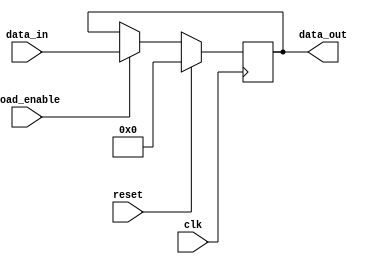
module cu_reg_rst_load(
	input clk,
	input reset,
	input load_enable,
	input [15:0] data_in,
	output reg [15:0] data_out
);

always @(negedge clk)
    begin
        if (load_enable)
            data_out <= data_in;
        if (reset)
            data_out <= 16'b0;
    end
	
endmodule